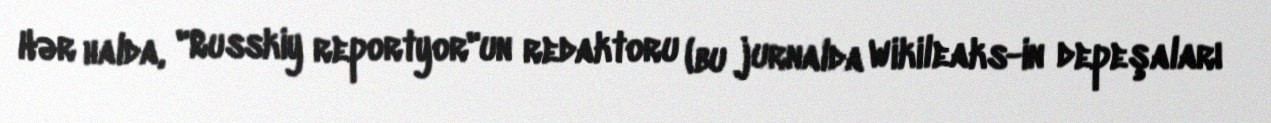
Hər halda, "Russkiy reportyor"un redaktoru (bu jurnalda Wikileaks-in depeşaları